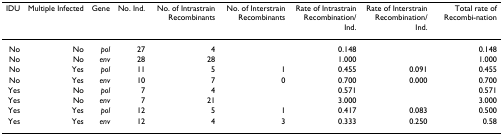
<table><thead><tr><td><b>IDU</b></td><td><b>Multiple Infected</b></td><td><b>Gene</b></td><td><b>No. Ind.</b></td><td><b>No. of Intrastrain Recombinants</b></td><td><b>No. of Interstrain Recombinants</b></td><td><b>Rate of Intrastrain Recombination/Ind.</b></td><td><b>Rate of Interstrain Recombination/Ind.</b></td><td><b>Total rate of Recombi-nation</b></td></tr></thead><tbody><tr><td>No</td><td>No</td><td><i>pol</i></td><td>27</td><td>4</td><td></td><td>0.148</td><td></td><td>0.148</td></tr><tr><td>No</td><td>No</td><td><i>env</i></td><td>28</td><td>28</td><td></td><td>1.000</td><td></td><td>1.000</td></tr><tr><td>No</td><td>Yes</td><td><i>pol</i></td><td>11</td><td>5</td><td>1</td><td>0.455</td><td>0.091</td><td>0.455</td></tr><tr><td>No</td><td>Yes</td><td><i>env</i></td><td>10</td><td>7</td><td>0</td><td>0.700</td><td>0.000</td><td>0.700</td></tr><tr><td>Yes</td><td>No</td><td><i>pol</i></td><td>7</td><td>4</td><td></td><td>0.571</td><td></td><td>0.571</td></tr><tr><td>Yes</td><td>No</td><td><i>env</i></td><td>7</td><td>21</td><td></td><td>3.000</td><td></td><td>3.000</td></tr><tr><td>Yes</td><td>Yes</td><td><i>pol</i></td><td>12</td><td>5</td><td>1</td><td>0.417</td><td>0.083</td><td>0.500</td></tr><tr><td>Yes</td><td>Yes</td><td><i>env</i></td><td>12</td><td>4</td><td>3</td><td>0.333</td><td>0.250</td><td>0.58</td></tr></tbody></table>